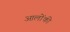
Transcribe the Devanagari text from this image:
आलोंकी